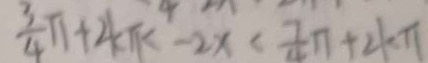
\frac { 3 } { 4 } \pi + 4 \pi < 2 x < \frac { 7 } { 4 } \pi + 4 \pi